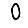
Digit: 0